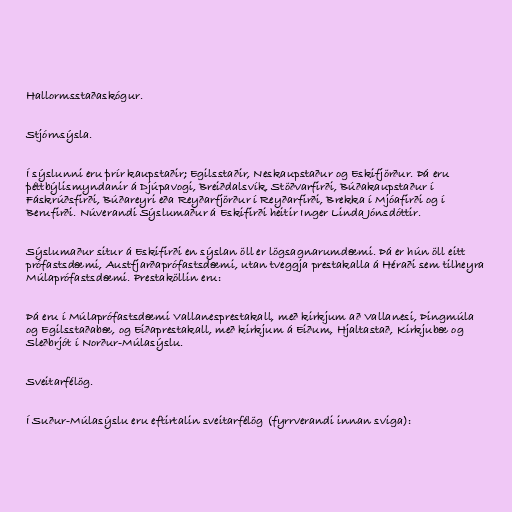
Hallormsstaðaskógur.

Stjórnsýsla.

Í sýslunni eru þrír kaupstaðir; Egilsstaðir, Neskaupstaður og Eskifjörður. Þá eru
þéttbýlismyndanir á Djúpavogi, Breiðdalsvík, Stöðvarfirði, Búðakaupstaður í
Fáskrúðsfirði, Búðareyri eða Reyðarfjörður í Reyðarfirði, Brekka í Mjóafirði og í
Berufirði. Núverandi Sýslumaður á Eskifirði heitir Inger Linda Jónsdóttir.

Sýslumaður situr á Eskifirði en sýslan öll er lögsagnarumdæmi. Þá er hún öll eitt
prófastsdæmi, Austfjarðaprófastsdæmi, utan tveggja prestakalla á Héraði sem tilheyra
Múlaprófastsdæmi. Prestaköllin eru:

Þá eru í Múlaprófastsdæmi Vallanesprestakall, með kirkjum að Vallanesi, Þingmúla
og Egilsstaðabæ, og Eiðaprestakall, með kirkjum á Eiðum, Hjaltastað, Kirkjubæ og
Sleðbrjót í Norður-Múlasýslu.

Sveitarfélög.

Í Suður-Múlasýslu eru eftirtalin sveitarfélög (fyrrverandi innan sviga):